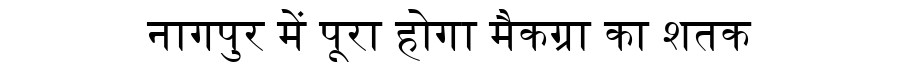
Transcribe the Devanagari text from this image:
नागपुर में पूरा होगा मैकग्रा का शतक